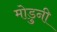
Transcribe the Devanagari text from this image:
मोडुनी